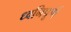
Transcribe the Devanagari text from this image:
ध्वनिपूर्ण